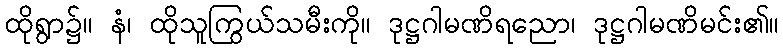
ထိုရွာ၌။ နံ၊ ထိုသူကြွယ်သမီးကို။ ဒုဋ္ဌဂါမဏိရညော၊ ဒုဋ္ဌဂါမဏိမင်း၏။